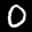
Label: 0